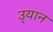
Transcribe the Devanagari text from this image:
उ्यान